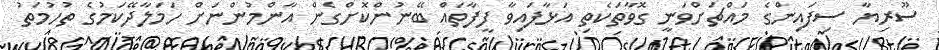
ސޫރިޔާ ސިފައިންގެ މައްޗަށްވަނީ ގޮވާތަކެތި އަޅާފައިވާ ފީފާތައް ބޭނުންކޮށްގެން އާންމުންނަށް ހަމަލާދޭކަމުގެ ތުހުމަތު